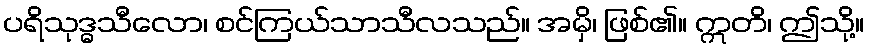
ပရိသုဒ္ဓသီလော၊ စင်ကြယ်သာသီလသည်။ အမှိ၊ ဖြစ်၏။ ဣတိ၊ ဤသို့။